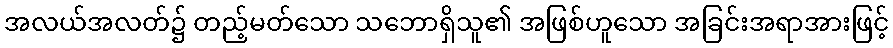
အလယ်အလတ်၌ တည့်မတ်သော သဘောရှိသူ၏ အဖြစ်ဟူသော အခြင်းအရာအားဖြင့်